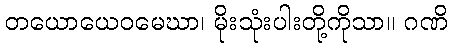
တယောယေဝမေဃာ၊ မိုးသုံးပါးတို့ကိုသာ။ ဂဏိ